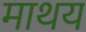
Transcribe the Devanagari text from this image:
माथय